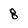
Character: 8